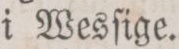
i Wesſige.